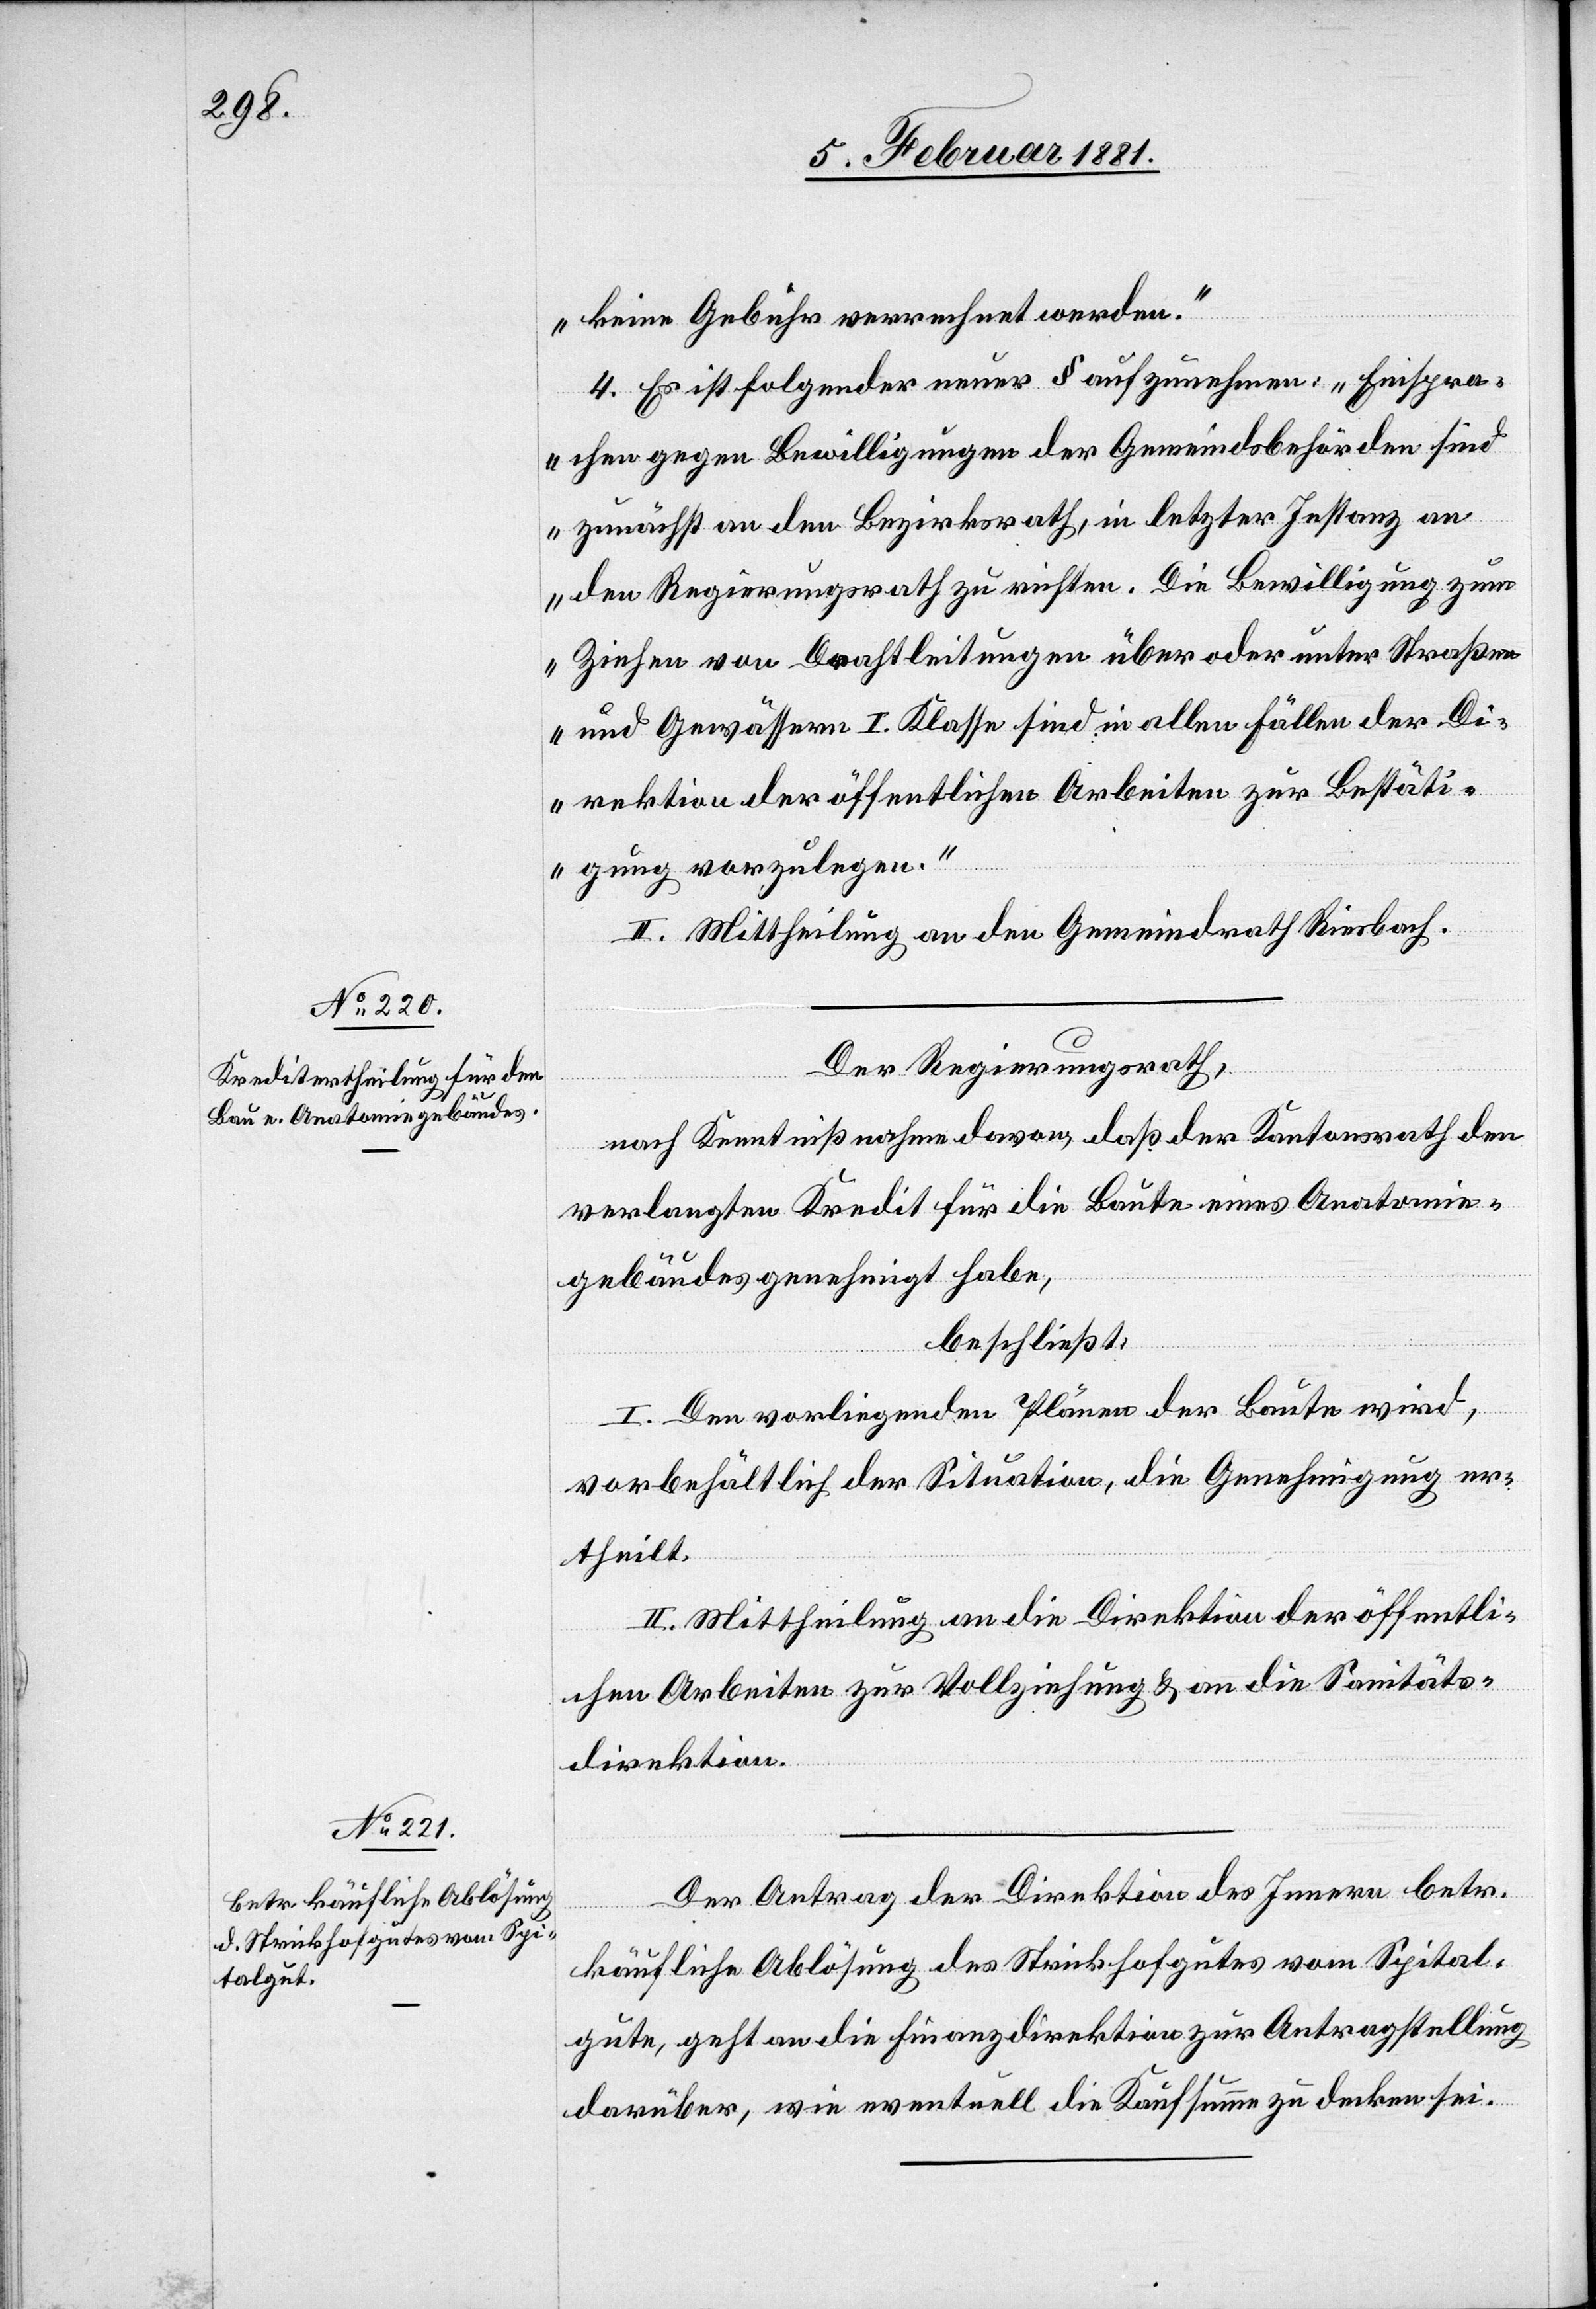
keine Gebühr verrechnet werden“
4. Es ist folgender neuer § aufzunehmen: „Einspra¬
chen gegen Bewilligungen der Gemeindsbehörden sind
zunächst an den Bezirksrath, in letzter Instanz an
den Regierungsrath zu richten. Die Bewilligung zum
Ziehen von Drahtleitungen über oder unter Straßen
und Gewässern I. Klasse sind in allen Fällen der Di¬
rektion der öffentlichen Arbeiten zur Bestäti¬
gung vorzulegen.“
II. Mittheilung an den Gemeindrath Riesbach.
Der Regierungsrath,
nach Kenntnißnahme davon, daß der Kantonsrath den
verlangten Kredit für die Baute eines Anatomie¬
gebäudes genehmigt habe,
beschließt:
I. Den vorliegenden Plänen der Baute wird,
vorbehältlich der Situation, die Genehmigung er¬
theilt.
II. Mittheilung an die Direktion der öffentli¬
chen Arbeiten zur Vollziehung & an die Sanitäts¬
direktion.
Der Antrag der Direktion des Innern betr.
käufliche Ablösung des Strickhofgutes vom Spital¬
gute, geht an die Finanzdirektion zur Antragstellung
darüber, wie eventuell die Kaufsumme zu decken sei.